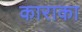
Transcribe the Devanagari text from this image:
काराका